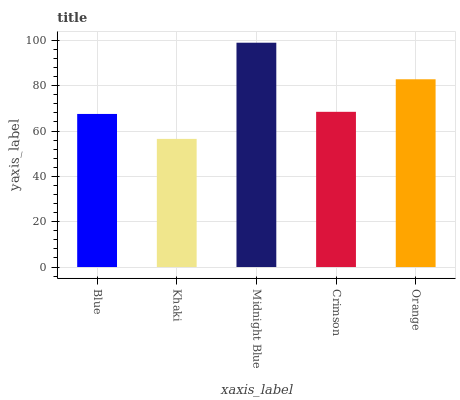
| xaxis_label | bars |
 | --- | --- |
 | Blue | 67.6 |
 | Khaki | 56.5 |
 | Midnight Blue | 99 |
 | Crimson | 68.5 |
 | Orange | 82.9 |